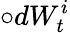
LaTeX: \circ dW_{t}^{i}